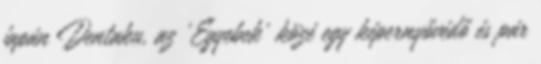
japán Dentaku, az 'Egyebek' közé egy képernyővédő és pár